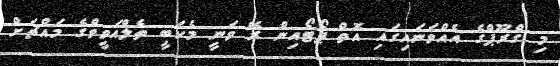
މި ގްރޫޕްގެ އެއްވަނައިގައި އޮތް ޕޯޓޯއިން ރޭ ވަނީ މެކަބީ ތެލްއަވީވްގެ މައްޗަށް